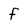
Character: f